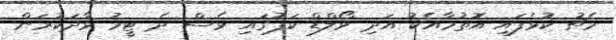
މެޗު ކުޅެފައި އޮތުމާއެކު އަދި ވޯލްޑް ކަޕުގައި ވެސް ދެ ޓީމު ވާދަކުރަން